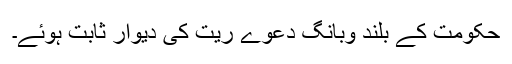
حکومت کے بلند وبانگ دعوے ریت کی دیوار ثابت ہوئے۔